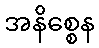
အနိစ္စေန